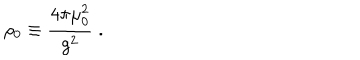
\rho _ { 0 } \equiv { \frac { 4 \pi \mu _ { 0 } ^ { 2 } } { g ^ { 2 } } } \; .